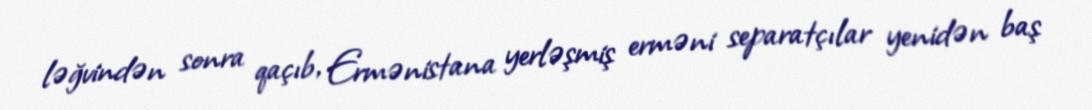
ləğvindən sonra qaçıb, Ermənistana yerləşmiş erməni separatçılar yenidən baş